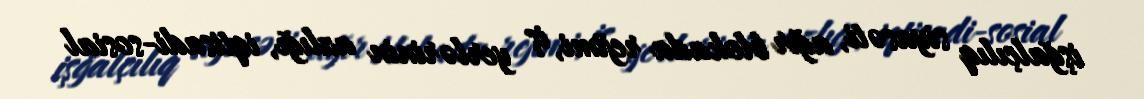
işğalçılıq siyasəti, ağır blokada rejimi, iş yerlərinin azlığı, iqtisadi-sosial